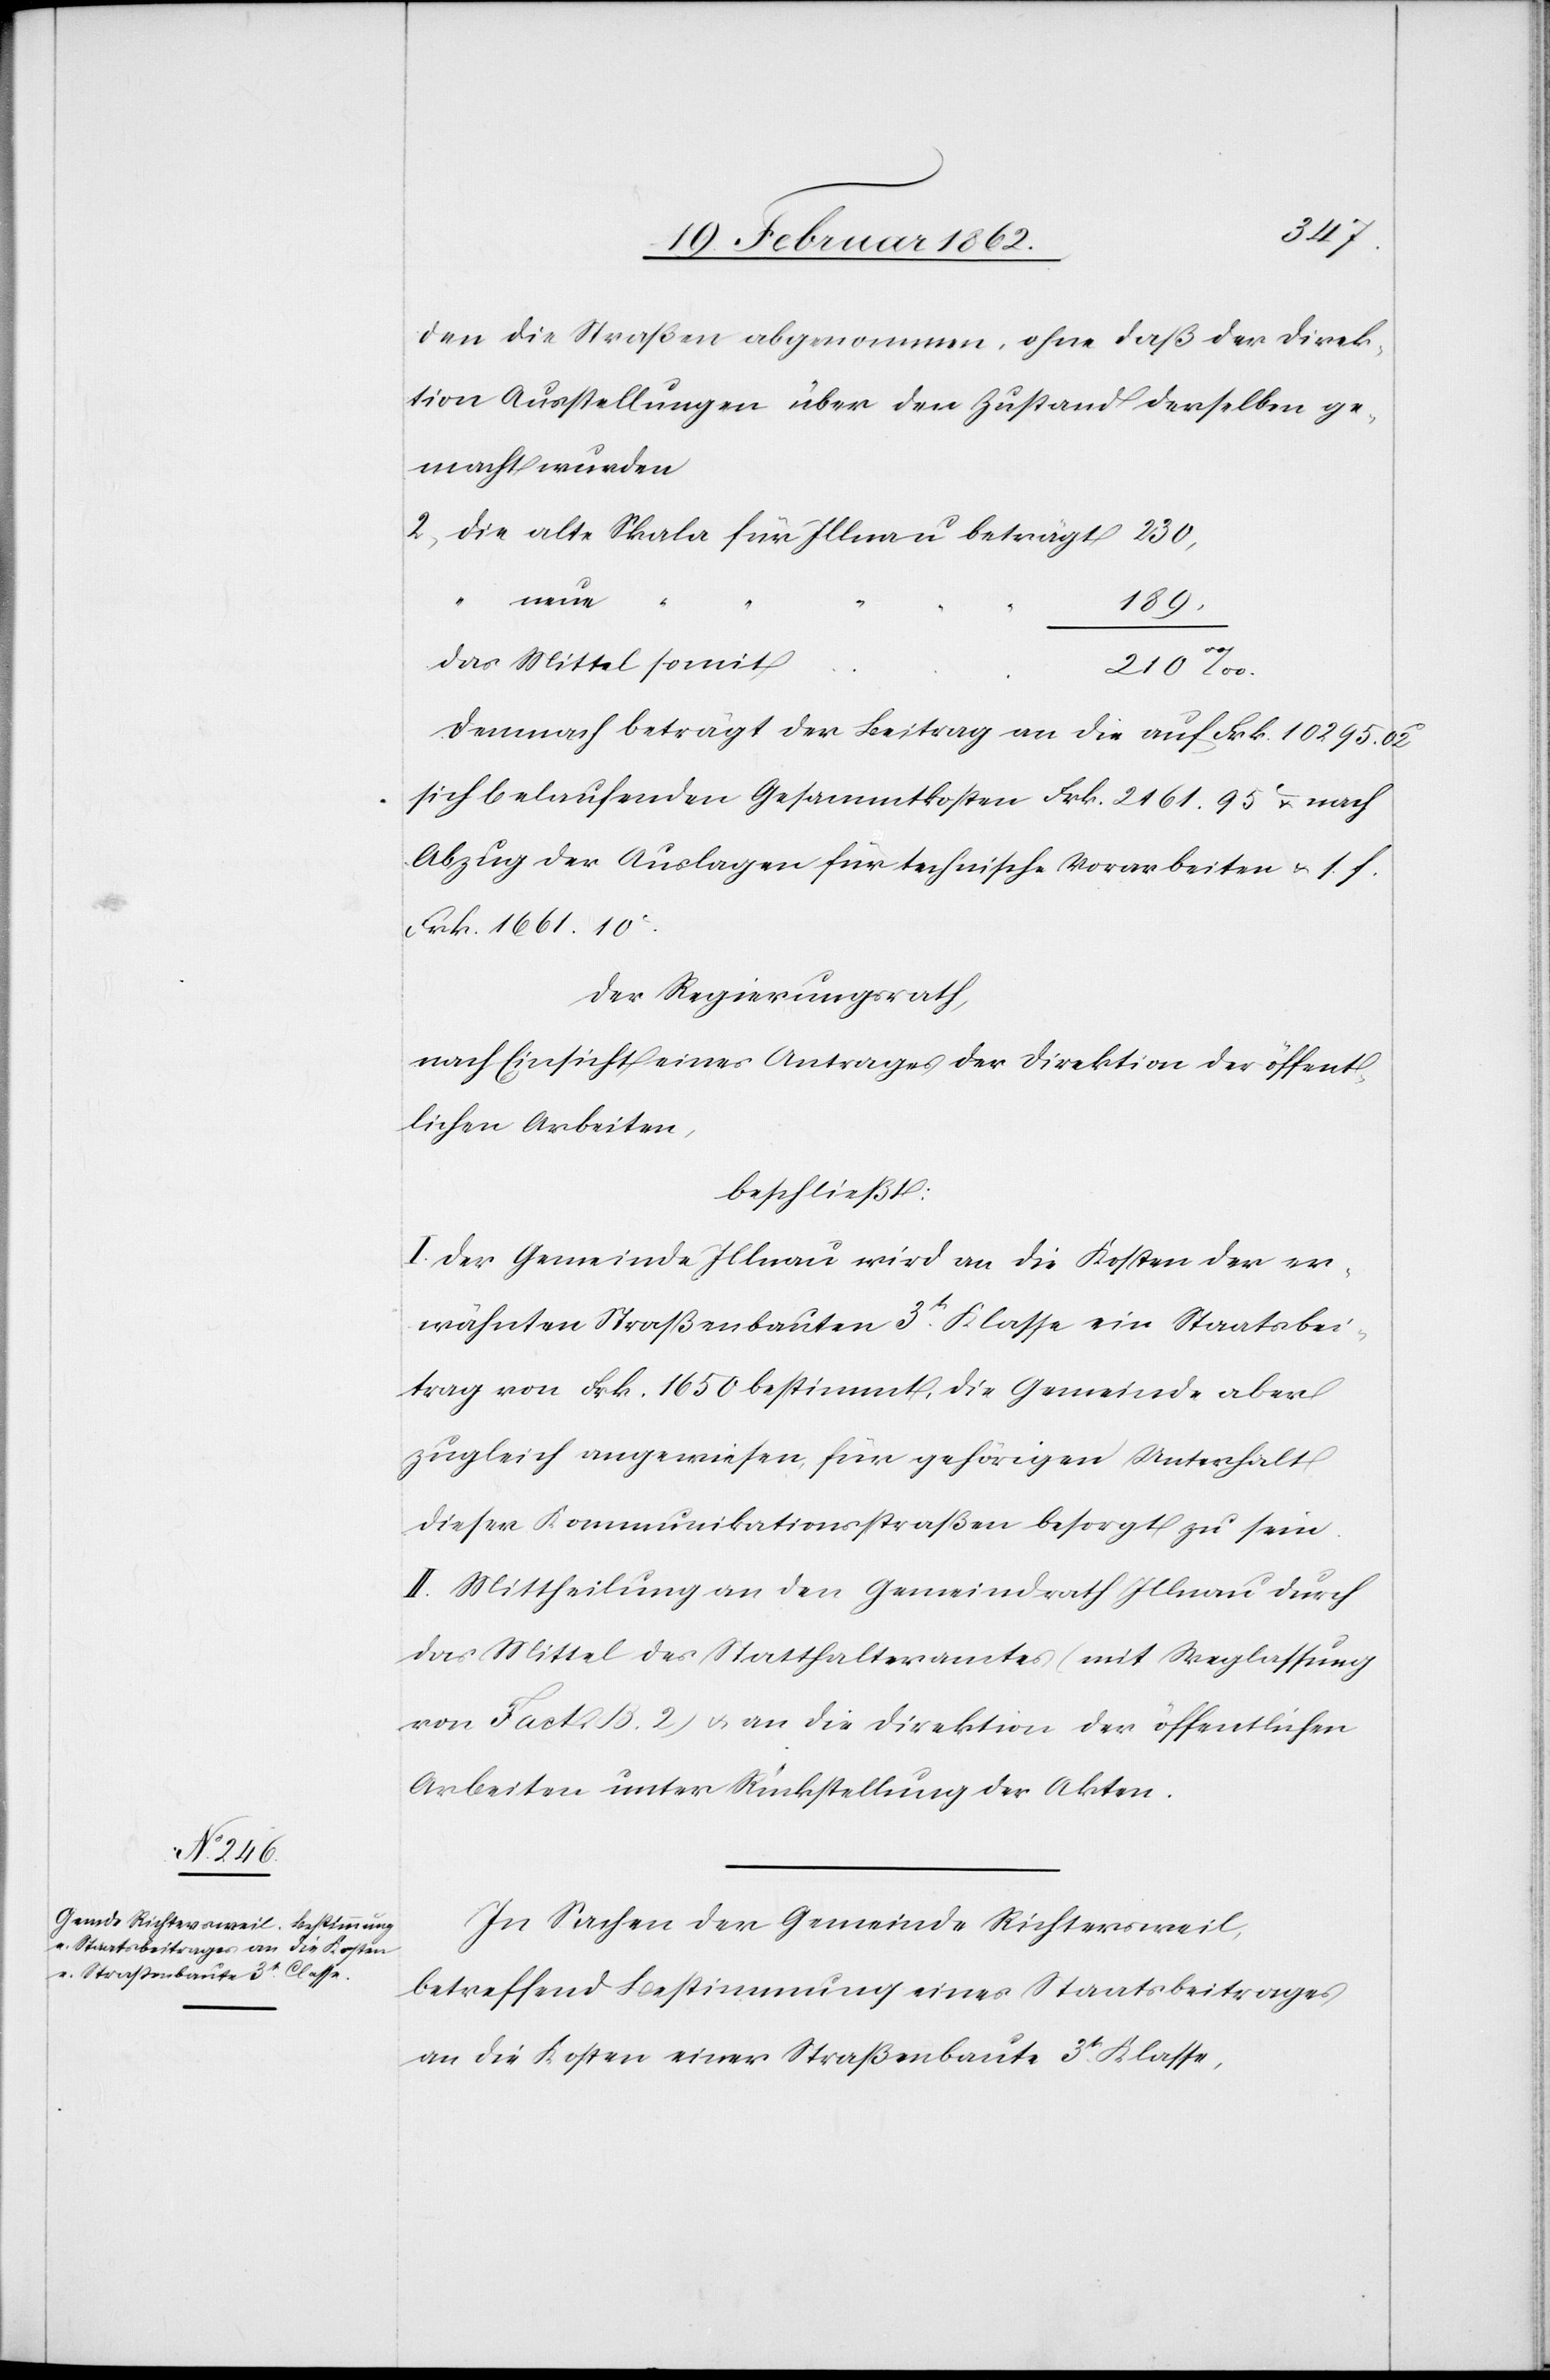
den die Straßen abgenommen, ohne daß der Direk¬
tion Ausstellungen über den Zustand derselben ge¬
macht wurden
2) die alte Skala für Illnau beträgt 230,
neue
“
189,
das Mittel somit
210‰.
Demnach beträgt der Beitrag an die auf Frk. 10 295.02c
sich belaufenden Gesammtkosten Frk. 2161.95c nach
Abzug der Auslagen für technische Vorarbeiten u. s. f.
Frk. 1661.10c.
Der Regierungsrath,
nach Einsicht eines Antrages der Direktion der öffent¬
lichen Arbeiten,
beschließt:
I. Der Gemeinde Illnau wird an die Kosten der er¬
wähnten Straßenbauten 3t. Klasse ein Staatsbei¬
trag von Frk. 1650 bestimmt, die Gemeinde aber
zugleich angewiesen, für gehörigen Unterhalt
dieser Kommunikationsstraßen besorgt zu sein.
II. Mittheilung an den Gemeindrath Illnau durch
das Mittel des Statthalteramtes (mit Weglassung
von Fact. B. 2) u. an die Direktion der öffentlichen
Arbeiten unter Rückstellung der Akten.
In Sachen der Gemeinde Richtersweil,
betreffend Bestimmung eines Staatsbeitrages
an die Kosten einer Straßenbaute 3t. Klasse,